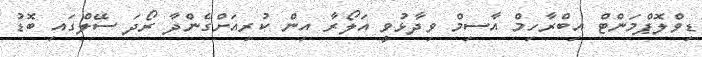
ޑިވްލޮޕްމަންޓް އިބްރާހިމް އާސިމް ވިދާޅުވީ އަލޯރާ އިން ކުރިއަށްގެންދާ ރޯދަ ސޭލްގައި ބޮޑު